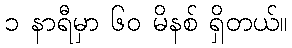
၁ နာရီမှာ ၆၀ မိနစ် ရှိတယ်။